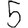
Digit: 5